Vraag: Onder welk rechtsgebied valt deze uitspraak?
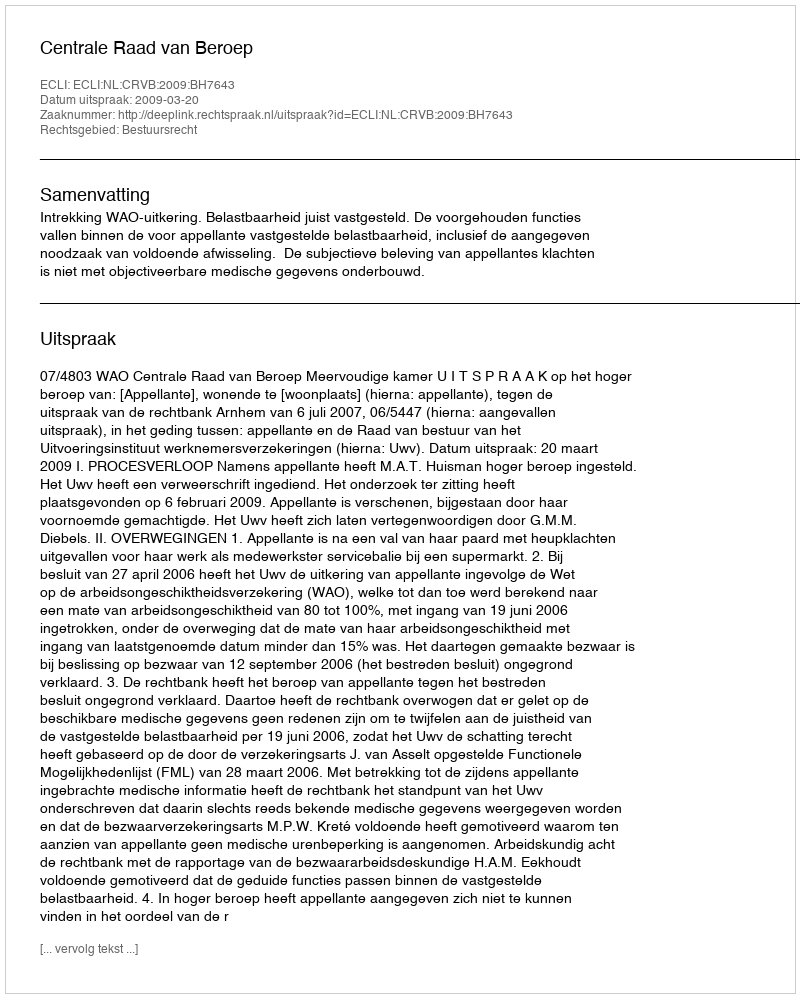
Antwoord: Bestuursrecht